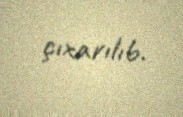
çıxarılıb.